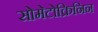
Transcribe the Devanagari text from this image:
सोमेटोक्रिनिन